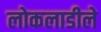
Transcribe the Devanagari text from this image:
लोकलाडीले